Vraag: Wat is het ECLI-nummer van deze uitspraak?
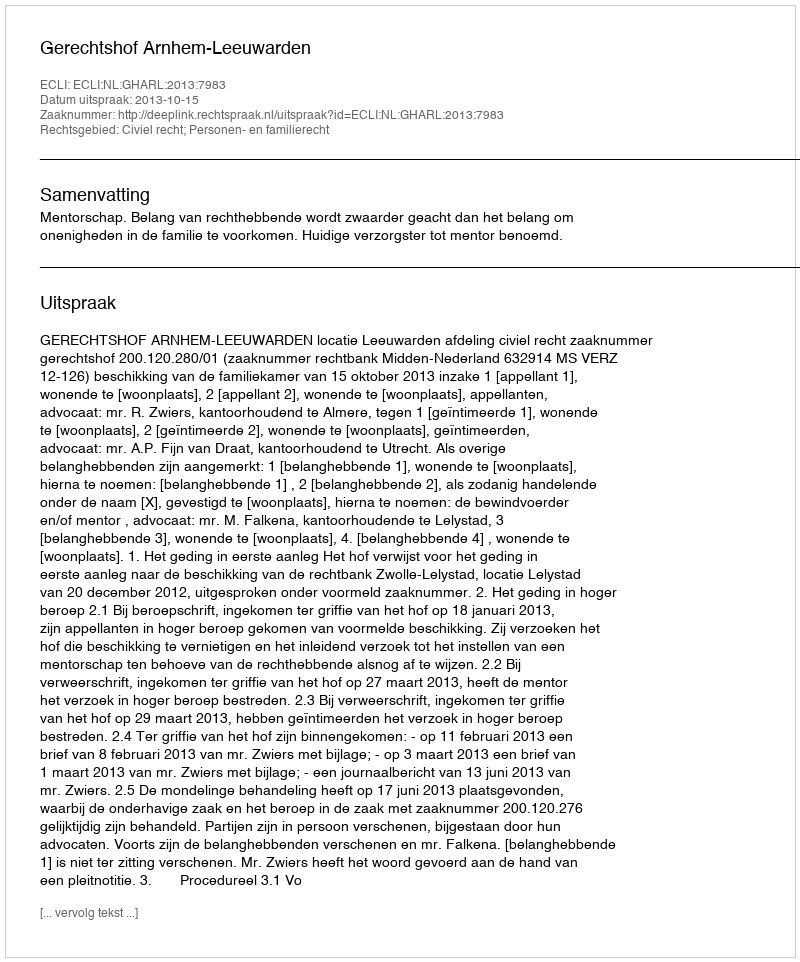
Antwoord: ECLI:NL:GHARL:2013:7983